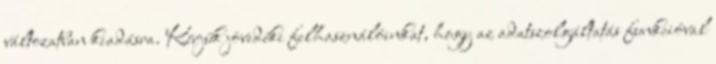
változatban kiadásra. Kérjük jövedéki felhasználóinkat, hogy az adatszolgáltatás funkcióval